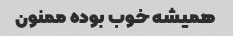
همیشه خوب بوده ممنون